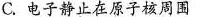
C.电子静止在原子核周围